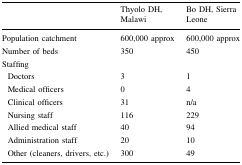
<table><thead><tr><td></td><td><b>Thyolo DH, Malawi</b></td><td><b>Bo DH, Sierra Leone</b></td></tr></thead><tbody><tr><td>Population catchment</td><td>600,000 approx</td><td>600,000 approx</td></tr><tr><td>Number of beds</td><td>350</td><td>450</td></tr><tr><td>Staffing</td><td></td><td></td></tr><tr><td> Doctors</td><td>3</td><td>1</td></tr><tr><td> Medical officers</td><td>0</td><td>4</td></tr><tr><td> Clinical officers</td><td>31</td><td>n/a</td></tr><tr><td> Nursing staff</td><td>116</td><td>229</td></tr><tr><td> Allied medical staff</td><td>40</td><td>94</td></tr><tr><td> Administration staff</td><td>20</td><td>10</td></tr><tr><td> Other (cleaners, drivers, etc.)</td><td>300</td><td>49</td></tr></tbody></table>